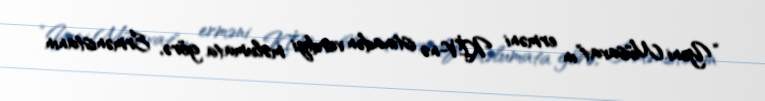
“Yeni Müsavat”ın erməni KİV-nə istinadən verdiyi məlumata görə, Ermənistanın